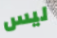
ليس